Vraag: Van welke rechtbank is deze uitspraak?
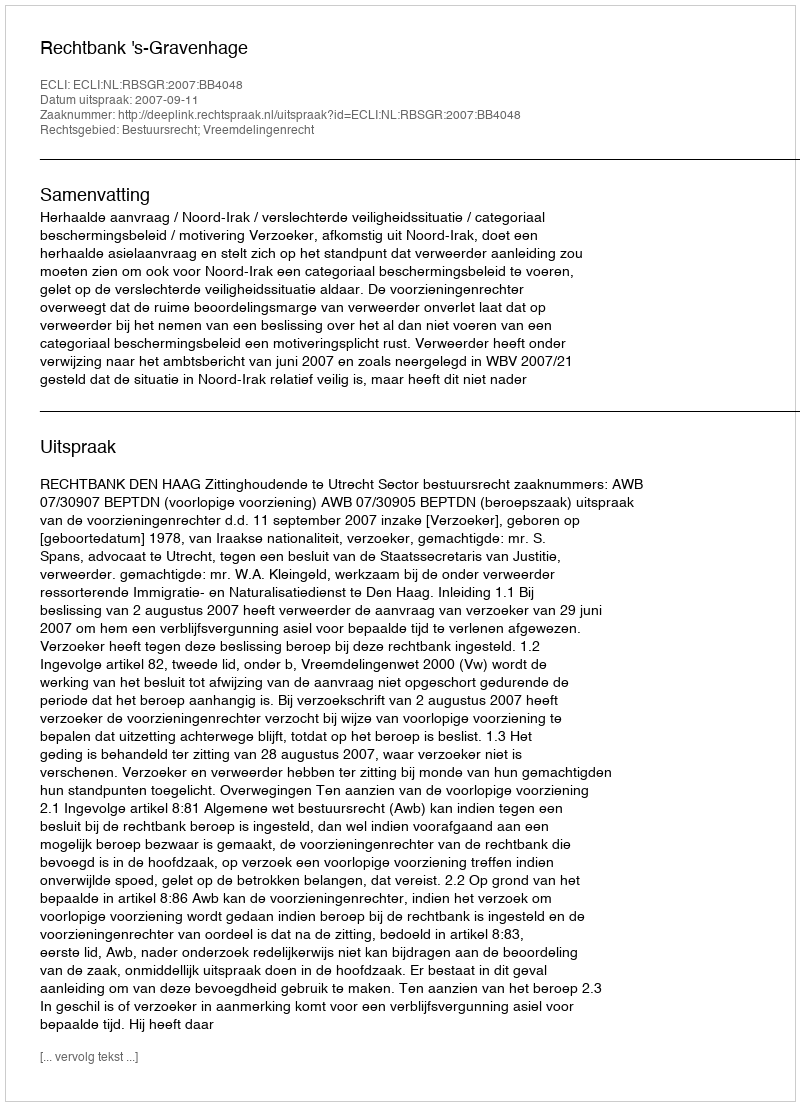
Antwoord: Rechtbank 's-Gravenhage